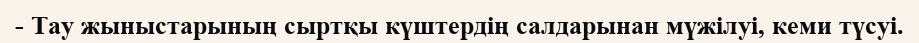
- Тау жыныстарының сыртқы күштердің салдарынан мүжілуі, кеми түсуі.